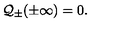
{ \cal Q } _ { \pm } ( \pm \infty ) = 0 .